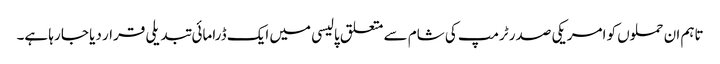
تاہم ان حملوں کو امریکی صدر ٹرمپ کی شام سے متعلق پالیسی میں ایک ڈرامائی تبدیلی قرار دیا جا رہا ہے۔